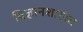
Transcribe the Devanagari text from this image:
विज्ञानशाखेत